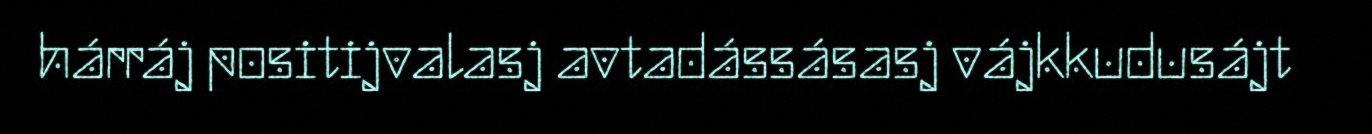
hárráj positijvalasj avtadássásasj vájkkudusájt